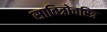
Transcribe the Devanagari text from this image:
सावित्रोचरित्र